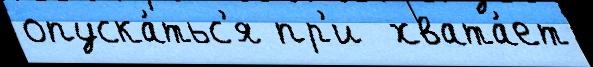
опуска́тьс'я пр'и  хвата́ет